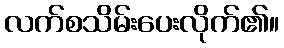
လက်စသိမ်းပေးလိုက်၏။